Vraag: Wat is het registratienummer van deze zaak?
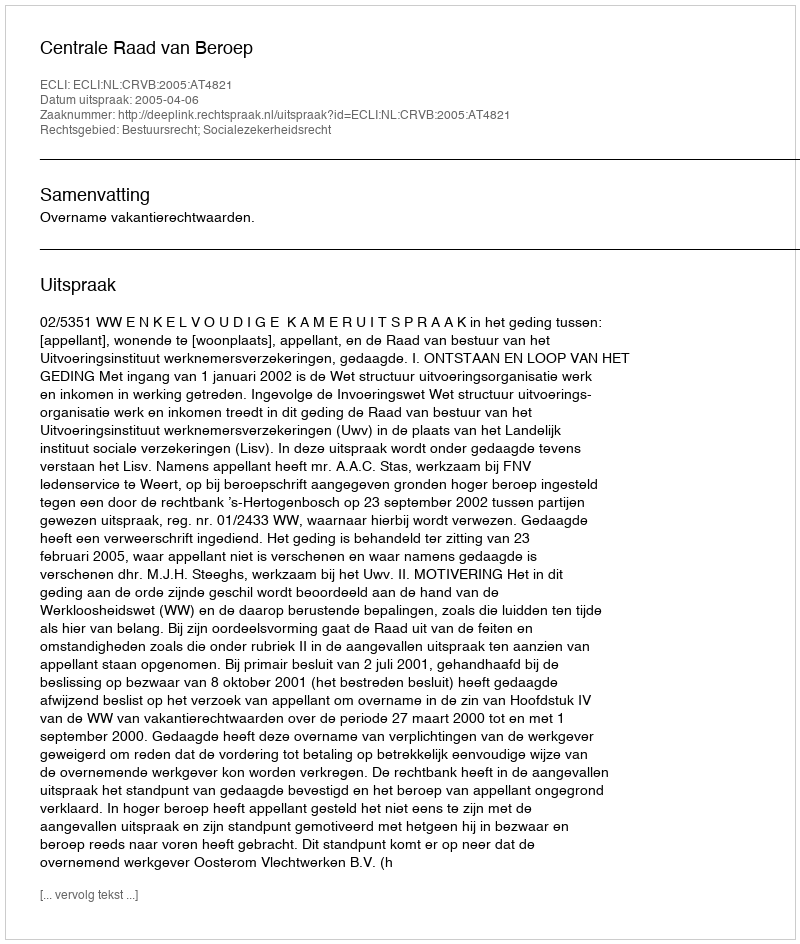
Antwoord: http://deeplink.rechtspraak.nl/uitspraak?id=ECLI:NL:CRVB:2005:AT4821